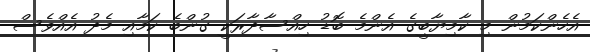
އެހެންކަމުން މި ކާމިޔާބީގެ އެންމެ ބޮޑު ހިއްސާދާރަކީ ގުންބެ ކަމާއި މެދު އެއްވެސް